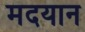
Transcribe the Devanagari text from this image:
मदयान